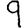
Digit: 9